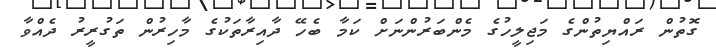
ގޮތުން ރައްޔިތުންގެ މަޖިލީހުގެ މެންބަރުންނަށް ކަމާ ބެހޭ ދާއިރާތަކުގެ މާހިރުން ތަގުރީރު ދެއްވާ